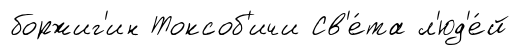
боржиг'ин Токсоб'ичи Св'е́та л'юд'е́й